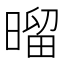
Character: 𰖝